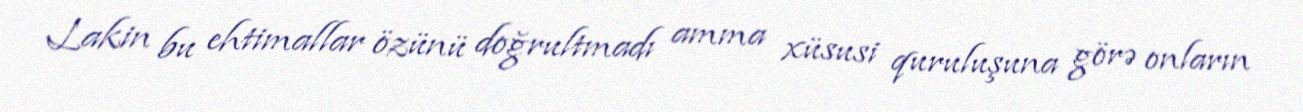
Lakin bu ehtimallar özünü doğrultmadı amma xüsusi quruluşuna görə onların